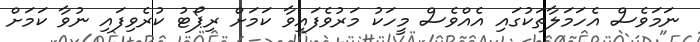
ނަމަވެސް އެހަމަލާތަކުގައި އެއްވެސް މީހަކު މަރުވެފައިވާ ކަމަށް ރިޕޯޓު ކުރެވިފައި ނުވާ ކަމަށް